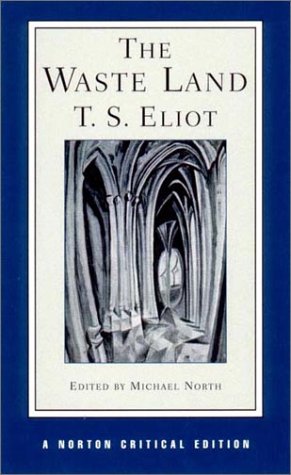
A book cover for The Waste Land (Norton Critical Editions); T. S. Eliot; Literature & Fiction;